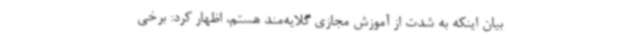
بیان اینکه به شدت از آموزش مجازی گلایه‌مند هستم، اظهار کرد: برخی